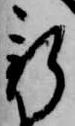
新